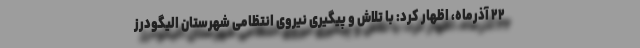
۲۲ آذرماه، اظهار کرد: با تلاش و پیگیری نیروی انتظامی شهرستان الیگودرز